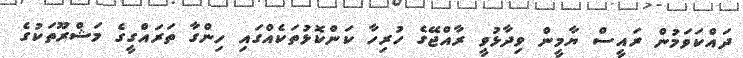
ދައްކަވަމުން ރައީސް ޔާމީން ވިދާޅުވީ ރާއްޖޭގެ ހުރިހާ ކަންކޮޅުތަކެއްގައި ހިންގާ ތަރައްގީގެ މަޝްރޫތަކުގެ